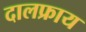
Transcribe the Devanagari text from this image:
दालफ्राय